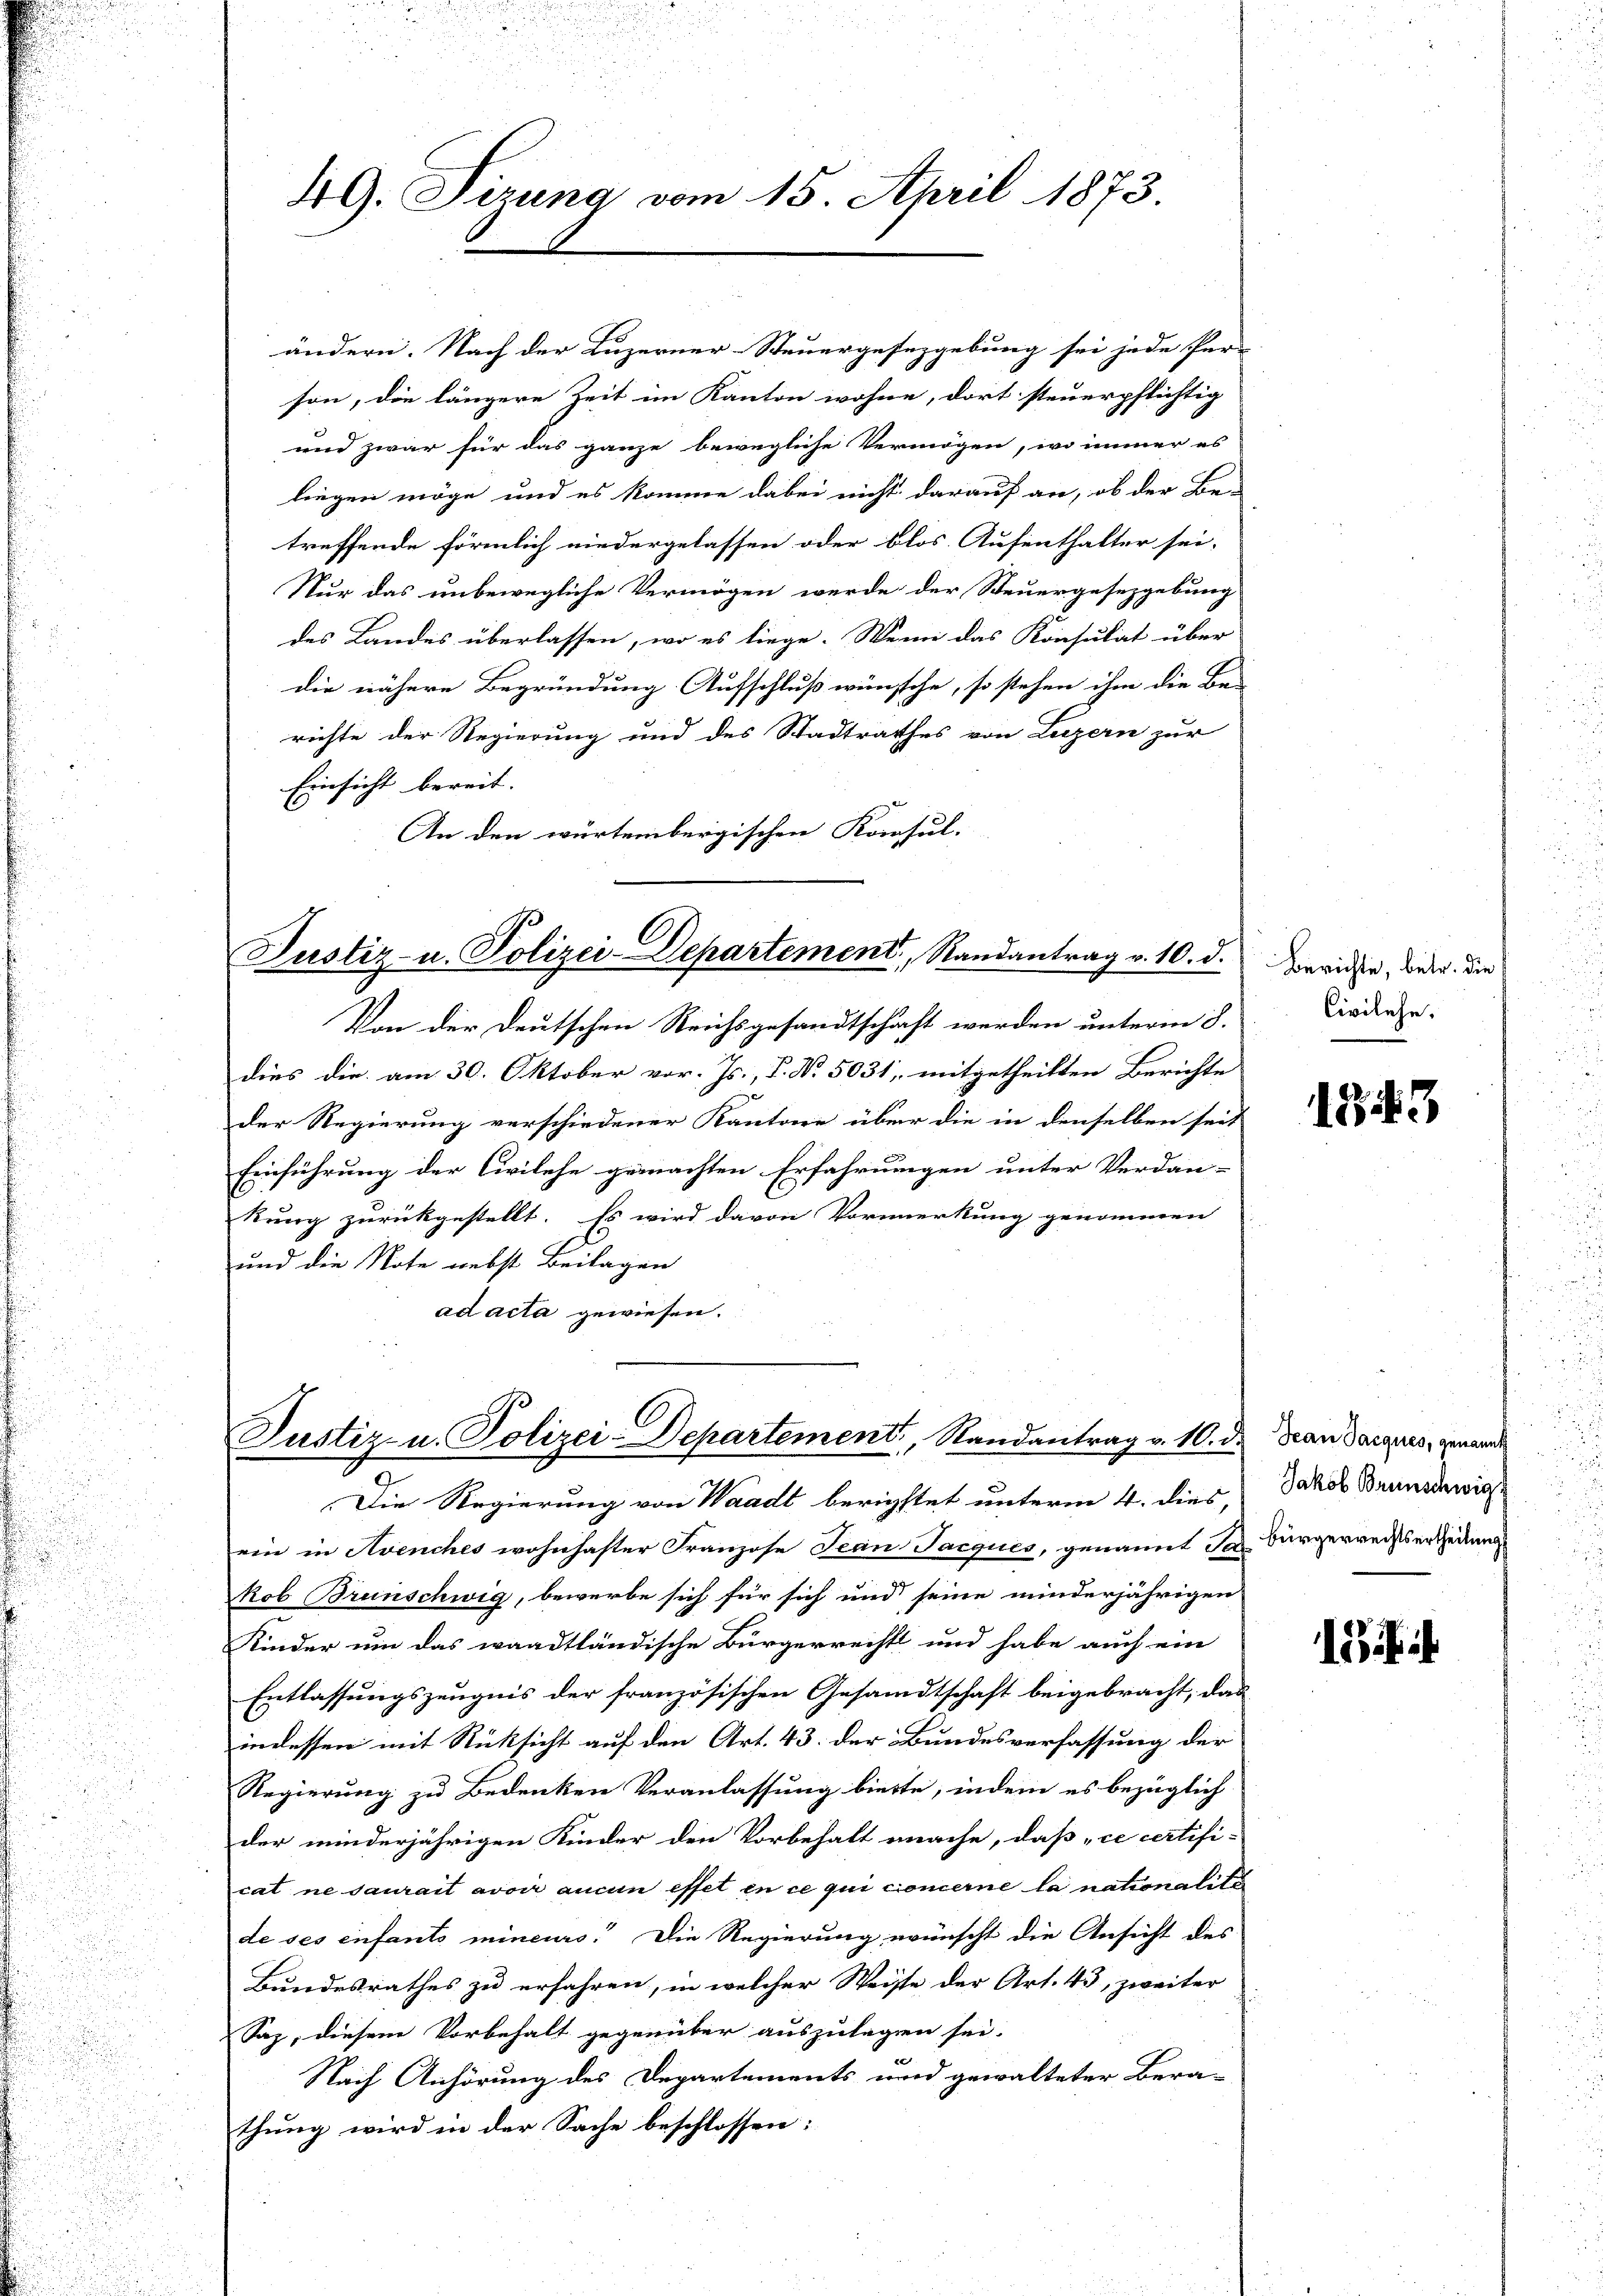
.

49. Sizung vom 15. April 1873.

ändern. Nach der Luzerner-Steuergesezgebung sei jede Per-
son, die längere Zeit im Kanton wohne, dort steuerpflichtig
und zwar für das ganze bewegliche Vermögen, wo immer es
liegen möge und es komme dabei nicht darauf an, ob der Be-
treffende förmlich niedergelassen oder blos. Aufenthalter sei.
Nur das unbewegliche Vermögen werde der Steuergesezgebung
des Landes überlassen, wo es liege. Wenn das Konsulat über
die nähere Begründung Aufschluß wünsche, so stehen ihm die Be-
richte der Regierung und des Stadtrathes von Luzern zur
Einsicht bereit. |
An den würtembergischen Konsul-

Justiz- u. Polizei-Departement, Randantrag v. 10. d.

Von der Deutschen Reichsgesandtschaft werden unterm 8.
dies die am 30. Oktober vor. Js., P. Nr. 5031, mitgetheilten Berichte
der Regierung verschiedener Kantone über die in denselben seit
Einführung der Civilehe gemachten Erfahrungen unter Verdan-
kung zurückgestellt. Es wird davon Vormerkung genommen
und die Note nebst Beilagen
ad acta gewiesen.

Justiz- u. Polizei-Departement, Randantrag v. 10. d. Jean Parques, genannt

Die Regierung von Waadt berichstet unterm 4. dies,
ein in Avenches wohnhafter Franzose Jean Jacques, genannt das Bürgerrechtserteilung
kob Brünschwig, bewerbe sich für sich und seine minderjährigen
Kinder um das waadtländische Bürgerrechts und habe auch ein
Entlassungszeugnis der französischen Gesandtschaft beigebracht, das
indessen mit Rücksicht auf den Art. 43. der Bundesverfassung der
Regierung zu Bedenken Veranlassung biette, indem es bezüglich
der minderjährigen Kinder den Vorbehalt mache, daß „ce certifi-
cat ne saurait avoir aucun effet en ce qui concerne la nationalite
de ses enfants mineurs. Die Regierung wünscht die Ansicht des
Bundesrathes zu erfahren, in welcher Weiste der Art. 43, zweiter
Saz, diesem Vorbehalt gegenüber auszulegen sei.
Nach Anhörung des Departements und gewalteter Bera-
thung wird in der Sache beschlossen:

Berichte, betr. die
Civilehe.

1343

Jakob Brunschwig

i